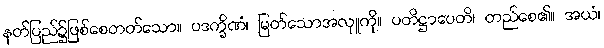
နတ်ပြည်၌ဖြစ်စေတတ်သော။ ပဒက္ခိဏံ၊ မြတ်သောအလှူကို။ ပတိဋ္ဌာပေတိ၊ တည်စေ၏။ အယံ၊